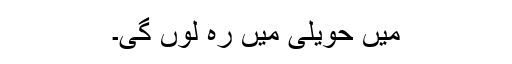
میں حویلی میں رہ لوں گی۔